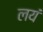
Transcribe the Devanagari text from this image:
लयं